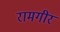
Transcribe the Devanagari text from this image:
रामगीर